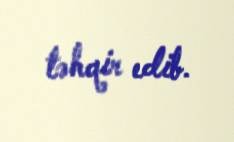
təhqir edib.